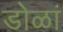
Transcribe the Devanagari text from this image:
डोळां